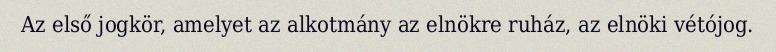
Az első jogkör, amelyet az alkotmány az elnökre ruház, az elnöki vétójog.